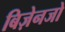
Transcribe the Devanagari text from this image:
बिज़ेनजो